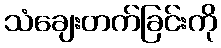
သံချေးတက်ခြင်းကို